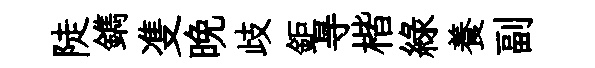
陡鐫㕠晚歧鉅㝵楷綠養副